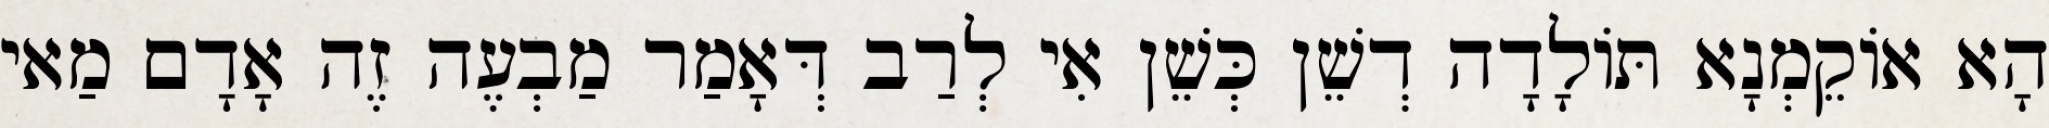
הָא אוֹקֵמְנָא תּוֹלָדָה דְשֵׁן כְּשֵׁן אִי לְרַב דְּאָמַר מַבְעֶה זֶה אָדָם מַאי